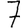
Digit: 7